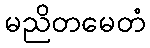
မညိတမေတံ